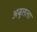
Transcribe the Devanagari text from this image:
अबुलला